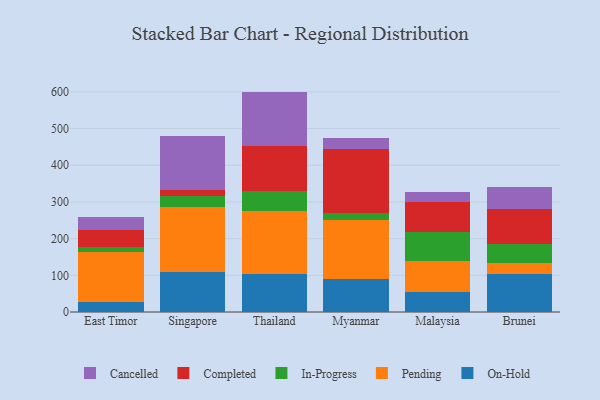
{"axis": {"x": "Country", "y": "Net Income (USD K)"}, "legend": ["Cancelled", "Completed", "In-Progress", "On-Hold", "Pending"], "data": [{"x": "East Timor", "y": 26.5, "type": "On-Hold"}, {"x": "East Timor", "y": 136.2, "type": "Pending"}, {"x": "East Timor", "y": 14.5, "type": "In-Progress"}, {"x": "East Timor", "y": 45.2, "type": "Completed"}, {"x": "East Timor", "y": 37.3, "type": "Cancelled"}, {"x": "Singapore", "y": 109.6, "type": "On-Hold"}, {"x": "Singapore", "y": 175.4, "type": "Pending"}, {"x": "Singapore", "y": 30.7, "type": "In-Progress"}, {"x": "Singapore", "y": 16.2, "type": "Completed"}, {"x": "Singapore", "y": 148.2, "type": "Cancelled"}, {"x": "Thailand", "y": 102.4, "type": "On-Hold"}, {"x": "Thailand", "y": 173.7, "type": "Pending"}, {"x": "Thailand", "y": 54.4, "type": "In-Progress"}, {"x": "Thailand", "y": 121.3, "type": "Completed"}, {"x": "Thailand", "y": 148.9, "type": "Cancelled"}, {"x": "Myanmar", "y": 90.7, "type": "On-Hold"}, {"x": "Myanmar", "y": 158.9, "type": "Pending"}, {"x": "Myanmar", "y": 19.9, "type": "In-Progress"}, {"x": "Myanmar", "y": 173.8, "type": "Completed"}, {"x": "Myanmar", "y": 30.9, "type": "Cancelled"}, {"x": "Malaysia", "y": 55.6, "type": "On-Hold"}, {"x": "Malaysia", "y": 83.0, "type": "Pending"}, {"x": "Malaysia", "y": 79.1, "type": "In-Progress"}, {"x": "Malaysia", "y": 81.8, "type": "Completed"}, {"x": "Malaysia", "y": 28.4, "type": "Cancelled"}, {"x": "Brunei", "y": 103.6, "type": "On-Hold"}, {"x": "Brunei", "y": 29.3, "type": "Pending"}, {"x": "Brunei", "y": 52.3, "type": "In-Progress"}, {"x": "Brunei", "y": 96.8, "type": "Completed"}, {"x": "Brunei", "y": 59.0, "type": "Cancelled"}]}